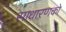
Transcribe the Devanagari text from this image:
साधारणको